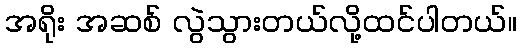
အရိုး အဆစ် လွဲသွားတယ်လို့ထင်ပါတယ်။